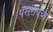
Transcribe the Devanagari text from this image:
पसरायचा